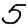
Digit: 5